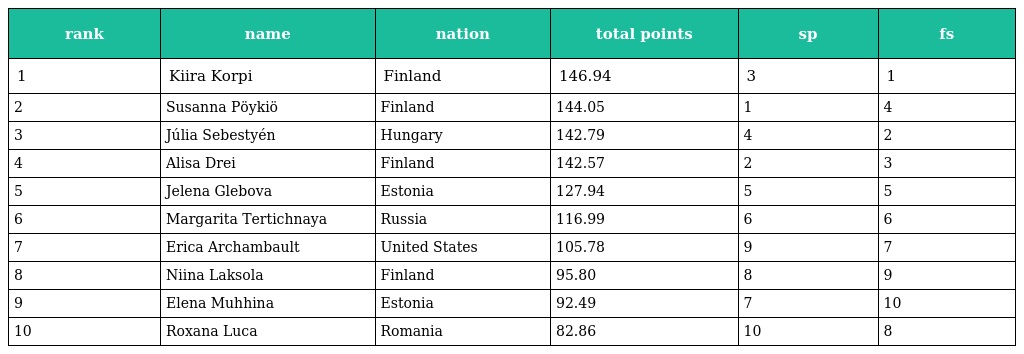
| rank | name | nation | total points | sp | fs |
 | --- | --- | --- | --- | --- | --- |
 | 1 | Kiira Korpi | Finland | 146.94 | 3 | 1 |
 | 2 | Susanna Pöykiö | Finland | 144.05 | 1 | 4 |
 | 3 | Júlia Sebestyén | Hungary | 142.79 | 4 | 2 |
 | 4 | Alisa Drei | Finland | 142.57 | 2 | 3 |
 | 5 | Jelena Glebova | Estonia | 127.94 | 5 | 5 |
 | 6 | Margarita Tertichnaya | Russia | 116.99 | 6 | 6 |
 | 7 | Erica Archambault | United States | 105.78 | 9 | 7 |
 | 8 | Niina Laksola | Finland | 95.80 | 8 | 9 |
 | 9 | Elena Muhhina | Estonia | 92.49 | 7 | 10 |
 | 10 | Roxana Luca | Romania | 82.86 | 10 | 8 |